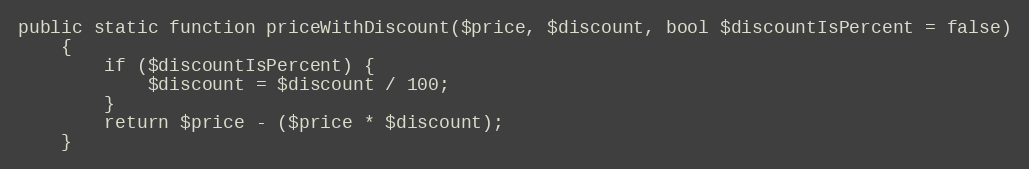
Language: PHP
public static function priceWithDiscount($price, $discount, bool $discountIsPercent = false)
    {
        if ($discountIsPercent) {
            $discount = $discount / 100;
        }
        return $price - ($price * $discount);
    }